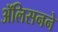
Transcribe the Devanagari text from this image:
ॲलिसनने